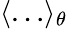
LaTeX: \langle\dots\rangle_{\theta}